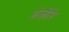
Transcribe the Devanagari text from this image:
अंजीरे